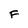
Character: F